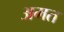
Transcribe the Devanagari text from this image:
अमत